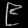
Digit: ၉